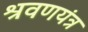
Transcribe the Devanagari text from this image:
श्रवणयंत्र